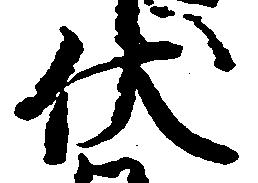
伏